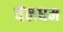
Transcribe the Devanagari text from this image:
येलधम